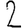
Digit: 2